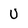
Character: U